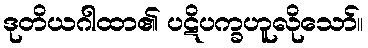
ဒုတိယဂါထာ၏ ပဋိပက္ခဟူလိုသော်။